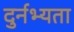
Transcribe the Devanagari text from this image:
दुर्नभ्यता